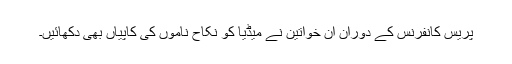
پریس کانفرنس کے دوران ان خواتین نے میڈیا کو نکاح ناموں کی کاپیاں بھی دکھائیں۔